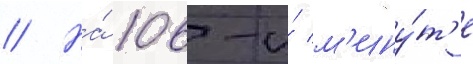
// На́ 106-и́ м'ину́т'е